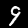
Digit: 9